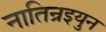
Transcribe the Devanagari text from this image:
नातिन्रइयुन